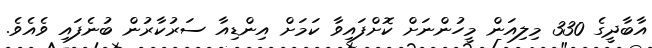
އާބާދީގެ 330 މިލިއަން މީހުންނަށް ކޮށްފައިވާ ކަމަށް އިންޑިއާ ސަރުކާރުން ބުނެފައި ވެއެވެ.